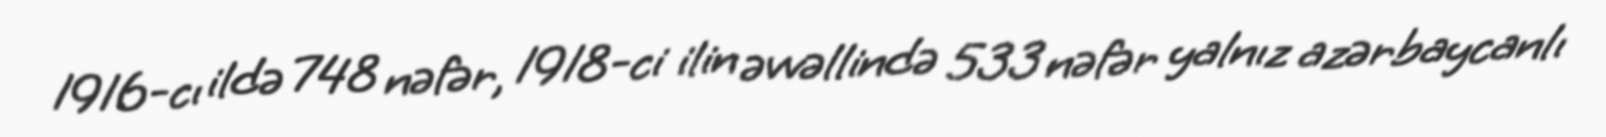
1916-cı ildə 748 nəfər, 1918-ci ilin əvvəllində 533 nəfər yalnız azərbaycanlı